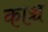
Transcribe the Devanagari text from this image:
काञ्च